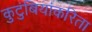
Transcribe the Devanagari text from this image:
कुटुंबियांकरिता